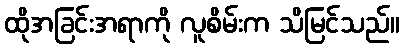
ထိုအခြင်းအရာကို လူစိမ်းက သိမြင်သည်။